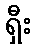
ရှီး